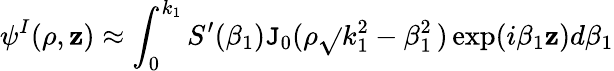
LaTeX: \psi^{I}(\rho,\mathbf{z})\approx\int_{0}^{k_{1}}S^{\prime}(\beta_{1})\mathtt{J}_{0}(\rho\sqrt{}{{k_{1}^{2}-\beta_{1}^{2}}}\, )\exp(i\beta_{1}\mathbf{z})d\beta_{1}